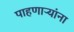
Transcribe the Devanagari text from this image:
पाहणाऱ्यांना